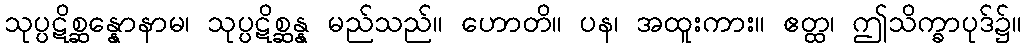
သုပ္ပဋိစ္ဆန္နောနာမ၊ သုပ္ပဋိစ္ဆန္န မည်သည်။ ဟောတိ။ ပန၊ အထူးကား။ ဧတ္ထ၊ ဤသိက္ခာပုဒ်၌။